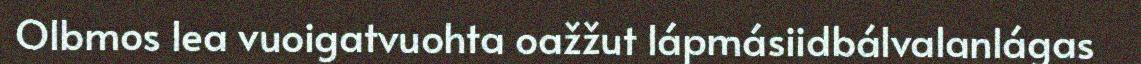
Olbmos lea vuoigatvuohta oažžut lápmásiidbálvalanlágas